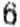
6